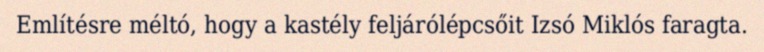
Említésre méltó, hogy a kastély feljárólépcsőit Izsó Miklós faragta.